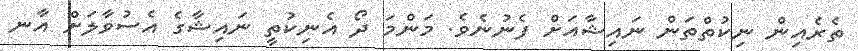
ތެރެއިން ނިކުތްތަން ނައިޝާއަށް ފެނުނެވެ. މަންމަ ދޯ އެނިކުތީ ނައިޝާގެ އެސުވާލަށް އާނ